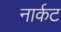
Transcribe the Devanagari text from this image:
नार्कट